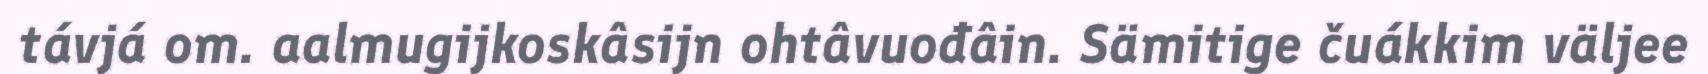
távjá om. aalmugijkoskâsijn ohtâvuođâin. Sämitige čuákkim väljee